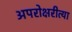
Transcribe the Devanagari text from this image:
अपरोक्षरीत्या